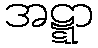
အဋ္ဋာ